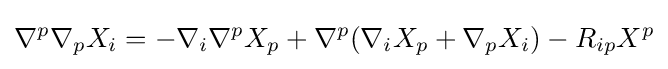
\nabla ^{p}\nabla _{p}X_{i}=-\nabla _{i}\nabla ^{p}X_{p}+\nabla ^{p}(\nabla _{i}X_{p}+\nabla _{p}X_{i})-R_{ip}X^{p}